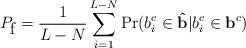
LaTeX: \begin{align*}P_{\mbox{f}}=\frac{1}{L-N} \sum_{i=1}^{L-N} \Pr(b_i^c\in \mathbf{\hat{b}}|b_i^c\in \mathbf{b}^c)\end{align*}